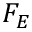
F _ { E }